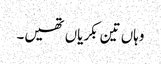
وہاں تین بکریاں تھیں۔